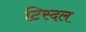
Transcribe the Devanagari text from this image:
टिस्दल